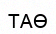
ТАӨ